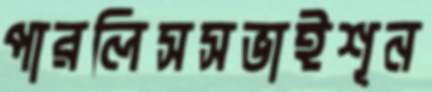
পারলিসসভাইশূন